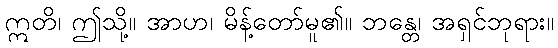
ဣတိ၊ ဤသို့။ အာဟ၊ မိန့်တော်မူ၏။ ဘန္တေ၊ အရှင်ဘုရား။